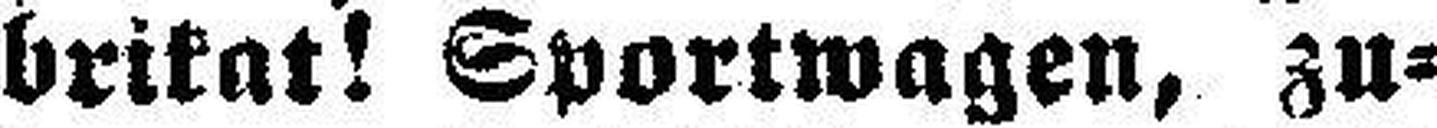
brikat! Sportwagen, zu¬